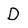
Character: D